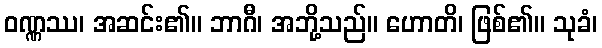
ဝဏ္ဏဿ၊ အဆင်း၏။ ဘာဂီ၊ အဘို့သည်။ ဟောတိ၊ ဖြစ်၏။ သုခံ၊